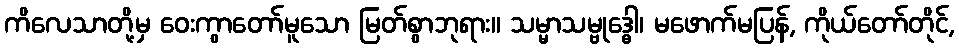
ကိလေသာတို့မှ ဝေးကွာတော်မူသော မြတ်စွာဘုရား။ သမ္မာသမ္ဗုဒ္ဓေါ၊ မဖောက်မပြန်, ကိုယ်တော်တိုင်,